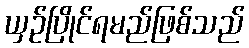
ယှဉ်ပြိုင်ရမည်ဖြစ်သည်